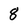
Character: 8